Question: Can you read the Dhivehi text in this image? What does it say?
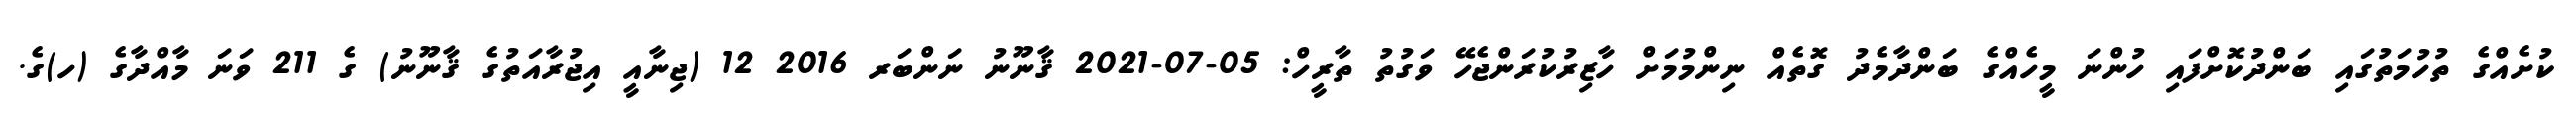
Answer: ކުށެއްގެ ތުހުމަތުގައި ބަންދުކޮށްފައި ހުންނަ މީހެއްގެ ބަންދާމެދު ގޮތެއް ނިންމުމަށް ހާޒިރުކުރަންޖެހޭ ވަގުތު ތާރީހް: 05-07-2021 ޤާނޫނު ނަންބަރ 2016 12 (ޖިނާއީ އިޖުރާއަތުގެ ޤާނޫނު) ގެ 211 ވަނަ މާއްދާގެ (ހ)ގެ.